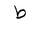
Letter: _da